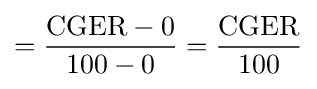
={\frac {{\text{CGER}}-0}{100-0}}={\frac {\text{CGER}}{100}}